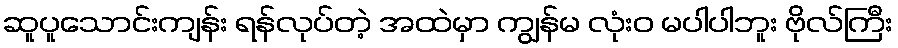
ဆူပူသောင်းကျန်း ရန်လုပ်တဲ့ အထဲမှာ ကျွန်မ လုံးဝ မပါပါဘူး ဗိုလ်ကြီး